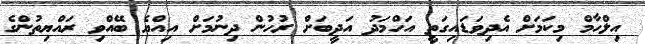
އިލްހާމް މިކަމަށް އެދިވަޑައިގަތީ އަހްމަދު އަދީބަށް ރުހުން ދިނުމަށް އިއްޔެ ބޭއްވި ރައްޔިތުންގެ